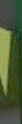
.